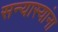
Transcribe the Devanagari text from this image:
सन्यास्यांना